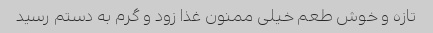
تازه و خوش طعم خیلی ممنون غذا زود و گرم به دستم رسید